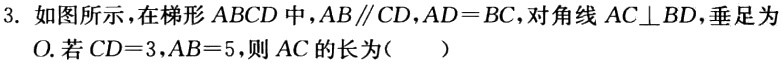
3. 如图所示，在梯形 \(ABCD\) 中，\(AB\parallel CD\)，\(AD = BC\)，对角线 \(AC\perp BD\)，垂足为 \(O\)。若 \(CD = 3\)，\(AB = 5\)，则 \(AC\) 的长为（  ）